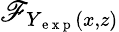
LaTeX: \mathscr{F}_{Y_{\mathrm{{~e~x~p~}}}(x,z)}